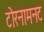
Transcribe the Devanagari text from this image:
टोरनामनट